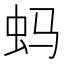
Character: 蚂